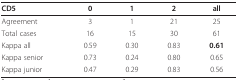
<table><thead><tr><td><b>CD5</b></td><td><b>0</b></td><td><b>1</b></td><td><b>2</b></td><td><b>all</b></td></tr></thead><tbody><tr><td>Agreement</td><td>3</td><td>1</td><td>21</td><td>25</td></tr><tr><td>Total cases</td><td>16</td><td>15</td><td>30</td><td>61</td></tr><tr><td>Kappa all</td><td>0.59</td><td>0.30</td><td>0.83</td><td><b>0.61</b></td></tr><tr><td>Kappa senior</td><td>0.73</td><td>0.24</td><td>0.80</td><td>0.65</td></tr><tr><td>Kappa junior</td><td>0.47</td><td>0.29</td><td>0.83</td><td>0.56</td></tr></tbody></table>